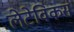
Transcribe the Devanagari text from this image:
लेटेविकस